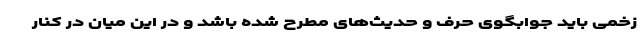
زخمی باید جوابگوی حرف و حدیث‌های مطرح شده باشد و در این میان در کنار